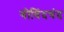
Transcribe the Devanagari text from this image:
गोविंदचंद